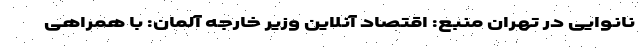
نانوایی در تهران منبع: اقتصاد آنلاین وزیر خارجه آلمان: با همراهی